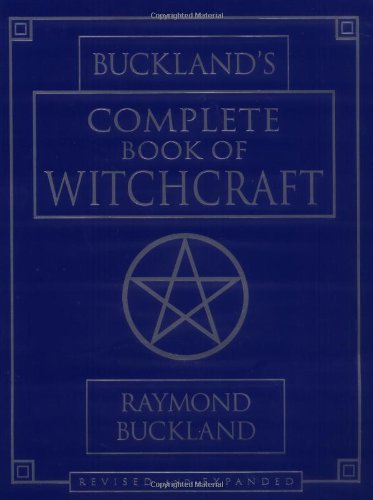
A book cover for Buckland's Complete Book of Witchcraft (Llewellyn's Practical Magick); Raymond Buckland; Religion & Spirituality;